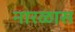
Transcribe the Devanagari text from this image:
नारळास